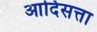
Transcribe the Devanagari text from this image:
आदिसत्ता